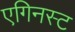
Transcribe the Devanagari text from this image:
एगिनस्ट